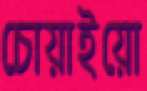
চোয়াইয়ো